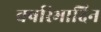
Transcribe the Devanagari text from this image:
वर्षारंभादिन